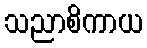
သညာစိကာယ